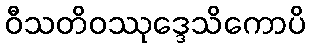
ဝီသတိဝဿုဒ္ဒေသိကောပိ